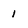
Character: 1